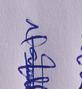
Signature authenticity: genuine